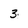
Character: 3